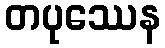
တပုဿေန